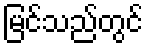
မြင်သည်တွင်